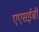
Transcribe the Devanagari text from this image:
एएसईबी